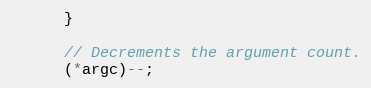
Language: C++
      }

      // Decrements the argument count.
      (*argc)--;